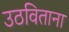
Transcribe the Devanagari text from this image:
उठविताना